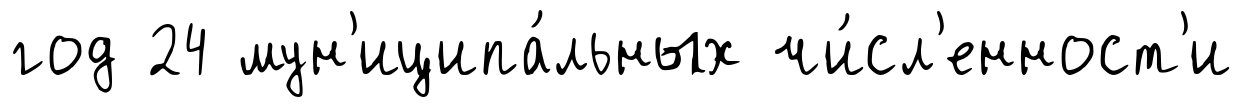
год 24 мун'иципа́льных чи́сл'енност'и